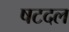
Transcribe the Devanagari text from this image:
षटदल